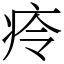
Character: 㾉